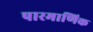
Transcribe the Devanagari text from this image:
पारमाणिक